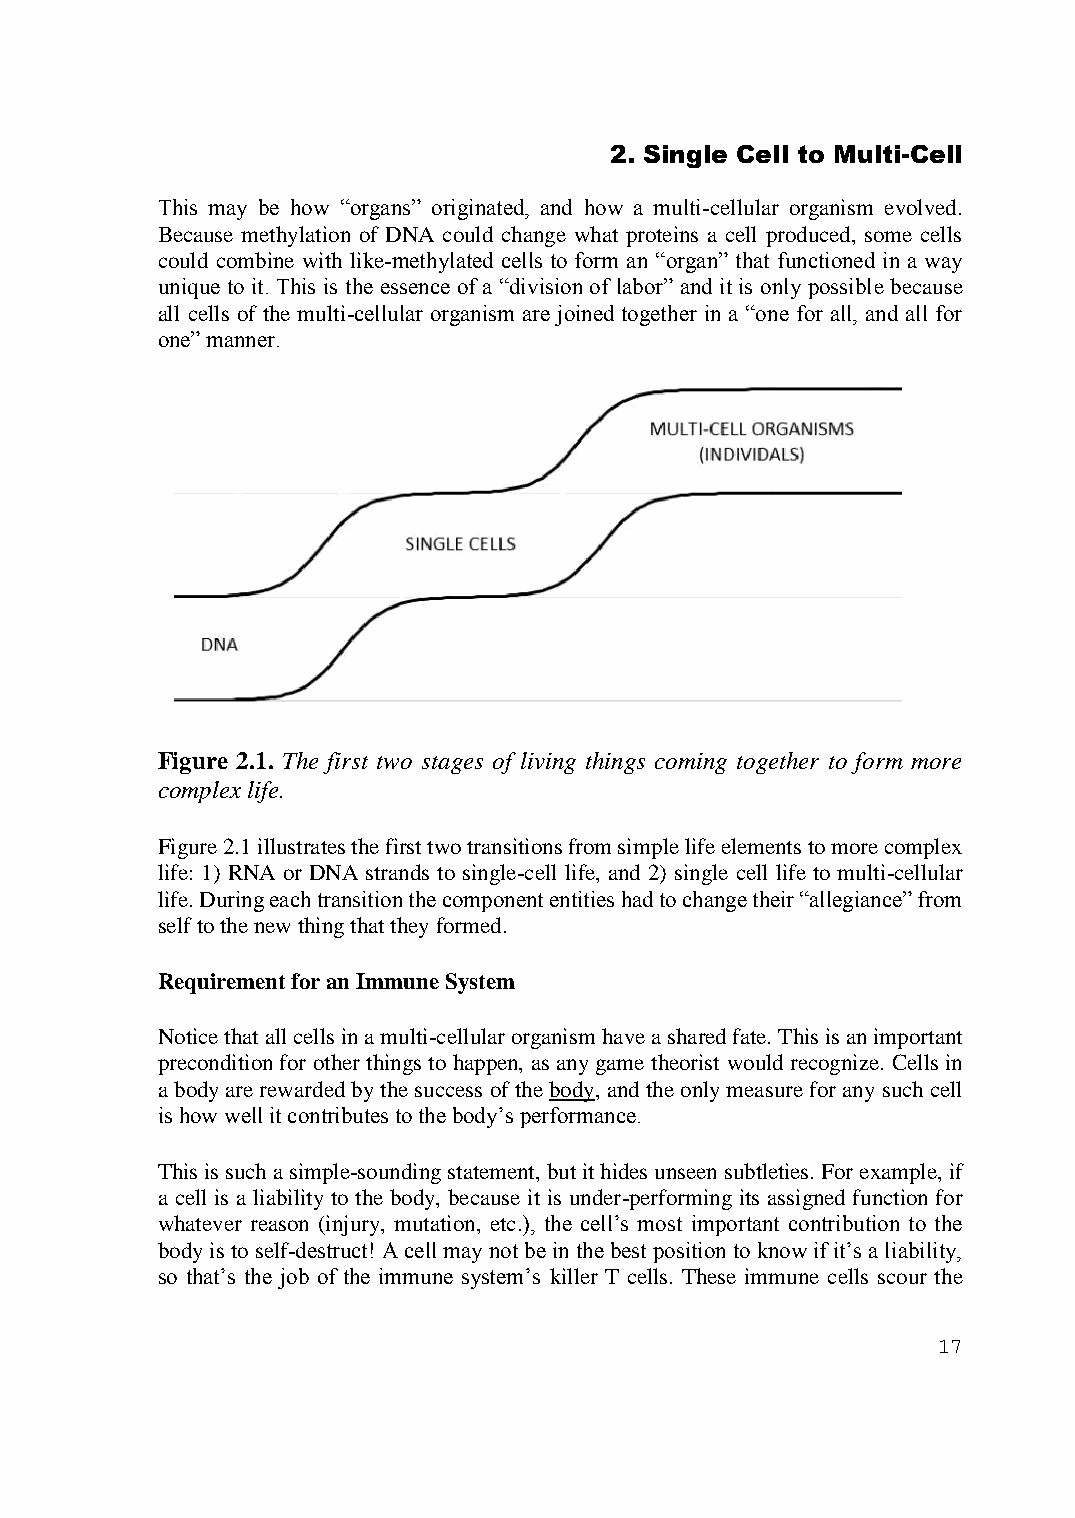
2. Single Cell to Multi-Cell
 This may be how “organs” originated, and how a multi-cellular organism evolved.
 Because methylation of DNA could change what proteins a cell produced, some cells
 could combine with like-methylated cells to form an “organ” that functioned in a way
 unique to it. This is the essence of a “division of labor” and it is only possible because
 all cells of the multi-cellular organism are joined together in a “one for all, and all for
 one” manner.
 Figure 2.1. The first two stages of living things coming together to form more
 complex life.
 Figure 2.1 illustrates the first two transitions from simple life elements to more complex
 life: 1) RNA or DNA strands to single-cell life, and 2) single cell life to multi-cellular
 life. During each transition the component entities had to change their “allegiance” from
 self to the new thing that they formed.
 Requirement for an Immune System
 Notice that all cells in a multi-cellular organism have a shared fate. This is an important
 precondition for other things to happen, as any game theorist would recognize. Cells in
 a body are rewarded by the success of the body, and the only measure for any such cell
 is how well it contributes to the body’s performance.
 This is such a simple-sounding statement, but it hides unseen subtleties. For example, if
 a cell is a liability to the body, because it is under-performing its assigned function for
 whatever reason (injury, mutation, etc.), the cell’s most important contribution to the
 body is to self-destruct! A cell may not be in the best position to know if it’s a liability,
 so that’s the job of the immune system’s killer T cells. These immune cells scour the
 17